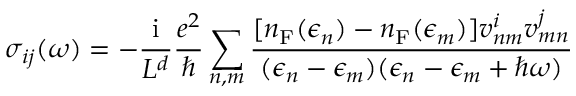
\sigma _ { i j } ( \omega ) = - \frac { \mathrm { i } } { L ^ { d } } \frac { e ^ { 2 } } { \hbar } \sum _ { n , m } \frac { [ n _ { \mathrm { F } } ( \epsilon _ { n } ) - n _ { \mathrm { F } } ( \epsilon _ { m } ) ] v _ { n m } ^ { i } v _ { m n } ^ { j } } { ( \epsilon _ { n } - \epsilon _ { m } ) ( \epsilon _ { n } - \epsilon _ { m } + \hbar \omega ) }